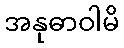
အနုဓာဝါမိ